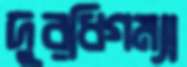
দুরধিগম্যা